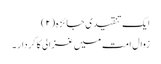
ایک تنقیدی جائزہ (۲)
زوالِ امت میں غزالی کا کردار ۔